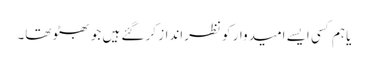
یا ہم کسی ایسے امیدوار کو نظرانداز کر گئے ہیں جو بھٹو تھا۔